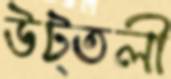
উট্তলী